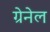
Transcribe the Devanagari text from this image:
ग्रेनेल